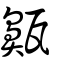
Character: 齀